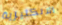
الانكليزية